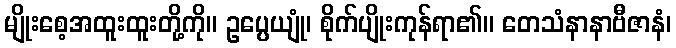
မျိုးစေ့အထူးထူးတို့ကို။ ဥပ္ပေယျုံ၊ စိုက်ပျိုးကုန်ရာ၏။ တေသံနာနာဗီဇာနံ၊